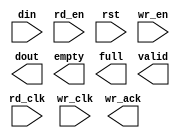
module vga_to_fpga(
	din,
	rd_clk,
	rd_en,
	rst,
	wr_clk,
	wr_en,
	dout,
	empty,
	full,
	valid,
	wr_ack);


input [23 : 0] din;
input rd_clk;
input rd_en;
input rst;
input wr_clk;
input wr_en;
output [23 : 0] dout;
output empty;
output full;
output valid;
output wr_ack;

// synthesis translate_off

      FIFO_GENERATOR_V4_4 #(
		.C_COMMON_CLOCK(0),
		.C_COUNT_TYPE(0),
		.C_DATA_COUNT_WIDTH(8),
		.C_DEFAULT_VALUE("BlankString"),
		.C_DIN_WIDTH(24),
		.C_DOUT_RST_VAL("0"),
		.C_DOUT_WIDTH(24),
		.C_ENABLE_RLOCS(0),
		.C_FAMILY("virtex2"),
		.C_FULL_FLAGS_RST_VAL(1),
		.C_HAS_ALMOST_EMPTY(0),
		.C_HAS_ALMOST_FULL(0),
		.C_HAS_BACKUP(0),
		.C_HAS_DATA_COUNT(0),
		.C_HAS_INT_CLK(0),
		.C_HAS_MEMINIT_FILE(0),
		.C_HAS_OVERFLOW(0),
		.C_HAS_RD_DATA_COUNT(0),
		.C_HAS_RD_RST(0),
		.C_HAS_RST(1),
		.C_HAS_SRST(0),
		.C_HAS_UNDERFLOW(0),
		.C_HAS_VALID(1),
		.C_HAS_WR_ACK(1),
		.C_HAS_WR_DATA_COUNT(0),
		.C_HAS_WR_RST(0),
		.C_IMPLEMENTATION_TYPE(2),
		.C_INIT_WR_PNTR_VAL(0),
		.C_MEMORY_TYPE(1),
		.C_MIF_FILE_NAME("BlankString"),
		.C_MSGON_VAL(1),
		.C_OPTIMIZATION_MODE(0),
		.C_OVERFLOW_LOW(0),
		.C_PRELOAD_LATENCY(1),
		.C_PRELOAD_REGS(0),
		.C_PRIM_FIFO_TYPE("512x36"),
		.C_PROG_EMPTY_THRESH_ASSERT_VAL(2),
		.C_PROG_EMPTY_THRESH_NEGATE_VAL(3),
		.C_PROG_EMPTY_TYPE(0),
		.C_PROG_FULL_THRESH_ASSERT_VAL(253),
		.C_PROG_FULL_THRESH_NEGATE_VAL(252),
		.C_PROG_FULL_TYPE(0),
		.C_RD_DATA_COUNT_WIDTH(8),
		.C_RD_DEPTH(256),
		.C_RD_FREQ(1),
		.C_RD_PNTR_WIDTH(8),
		.C_UNDERFLOW_LOW(0),
		.C_USE_DOUT_RST(1),
		.C_USE_ECC(0),
		.C_USE_EMBEDDED_REG(0),
		.C_USE_FIFO16_FLAGS(0),
		.C_USE_FWFT_DATA_COUNT(0),
		.C_VALID_LOW(0),
		.C_WR_ACK_LOW(0),
		.C_WR_DATA_COUNT_WIDTH(8),
		.C_WR_DEPTH(256),
		.C_WR_FREQ(1),
		.C_WR_PNTR_WIDTH(8),
		.C_WR_RESPONSE_LATENCY(1))
	inst (
		.DIN(din),
		.RD_CLK(rd_clk),
		.RD_EN(rd_en),
		.RST(rst),
		.WR_CLK(wr_clk),
		.WR_EN(wr_en),
		.DOUT(dout),
		.EMPTY(empty),
		.FULL(full),
		.VALID(valid),
		.WR_ACK(wr_ack),
		.CLK(),
		.INT_CLK(),
		.BACKUP(),
		.BACKUP_MARKER(),
		.PROG_EMPTY_THRESH(),
		.PROG_EMPTY_THRESH_ASSERT(),
		.PROG_EMPTY_THRESH_NEGATE(),
		.PROG_FULL_THRESH(),
		.PROG_FULL_THRESH_ASSERT(),
		.PROG_FULL_THRESH_NEGATE(),
		.RD_RST(),
		.SRST(),
		.WR_RST(),
		.ALMOST_EMPTY(),
		.ALMOST_FULL(),
		.DATA_COUNT(),
		.OVERFLOW(),
		.PROG_EMPTY(),
		.PROG_FULL(),
		.RD_DATA_COUNT(),
		.UNDERFLOW(),
		.WR_DATA_COUNT(),
		.SBITERR(),
		.DBITERR());


// synthesis translate_on

// XST black box declaration
// box_type "black_box"
// synthesis attribute box_type of vga_to_fpga is "black_box"

endmodule